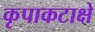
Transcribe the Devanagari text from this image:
कृपाकटाक्षे